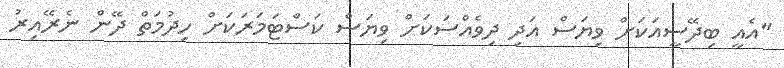
"އެއީ ބިދޭސީއަކަށް ވިޔަސް އަދި ދިވެއްސަކަށް ވިޔަސް ކަސްޓަމަރަކަށް ހިދުމަތް ދޭން ނެރޭއިރު